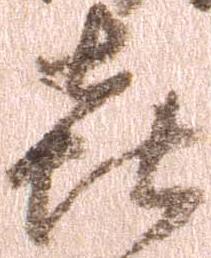
喜